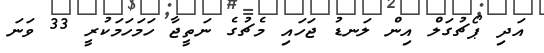
އަދި ޕޯޗުގަލް އިން ލަނޑު ޖަހައި މެޗުގެ ނަތީޖާ ހަމަހަމަކުރީ 33 ވަނަ